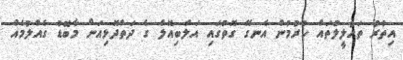
އިތުރު ތަހުލީލުތައް ކުރުމުން އެނގޭ ގޮތުގައި އަލްބިއޮލް ގެ ދަތްދޮޅިއަށް މާބޮޑު ގެއްލުމެއް